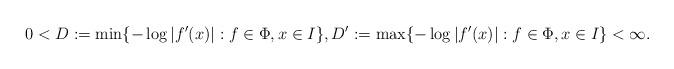
LaTeX: \begin{align*} 0<D:= \min \lbrace -\log |f' (x)| : f\in \Phi, x\in I \rbrace, D':= \max \lbrace -\log |f' (x)| : f\in \Phi, x\in I \rbrace < \infty.\end{align*}